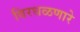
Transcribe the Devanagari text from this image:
विरधळणारे